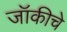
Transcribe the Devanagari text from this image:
जॉकीचे